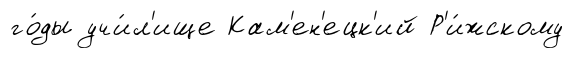
го́ды учи́л'ище Кам'ен'ецк'ий Р'и́жскому